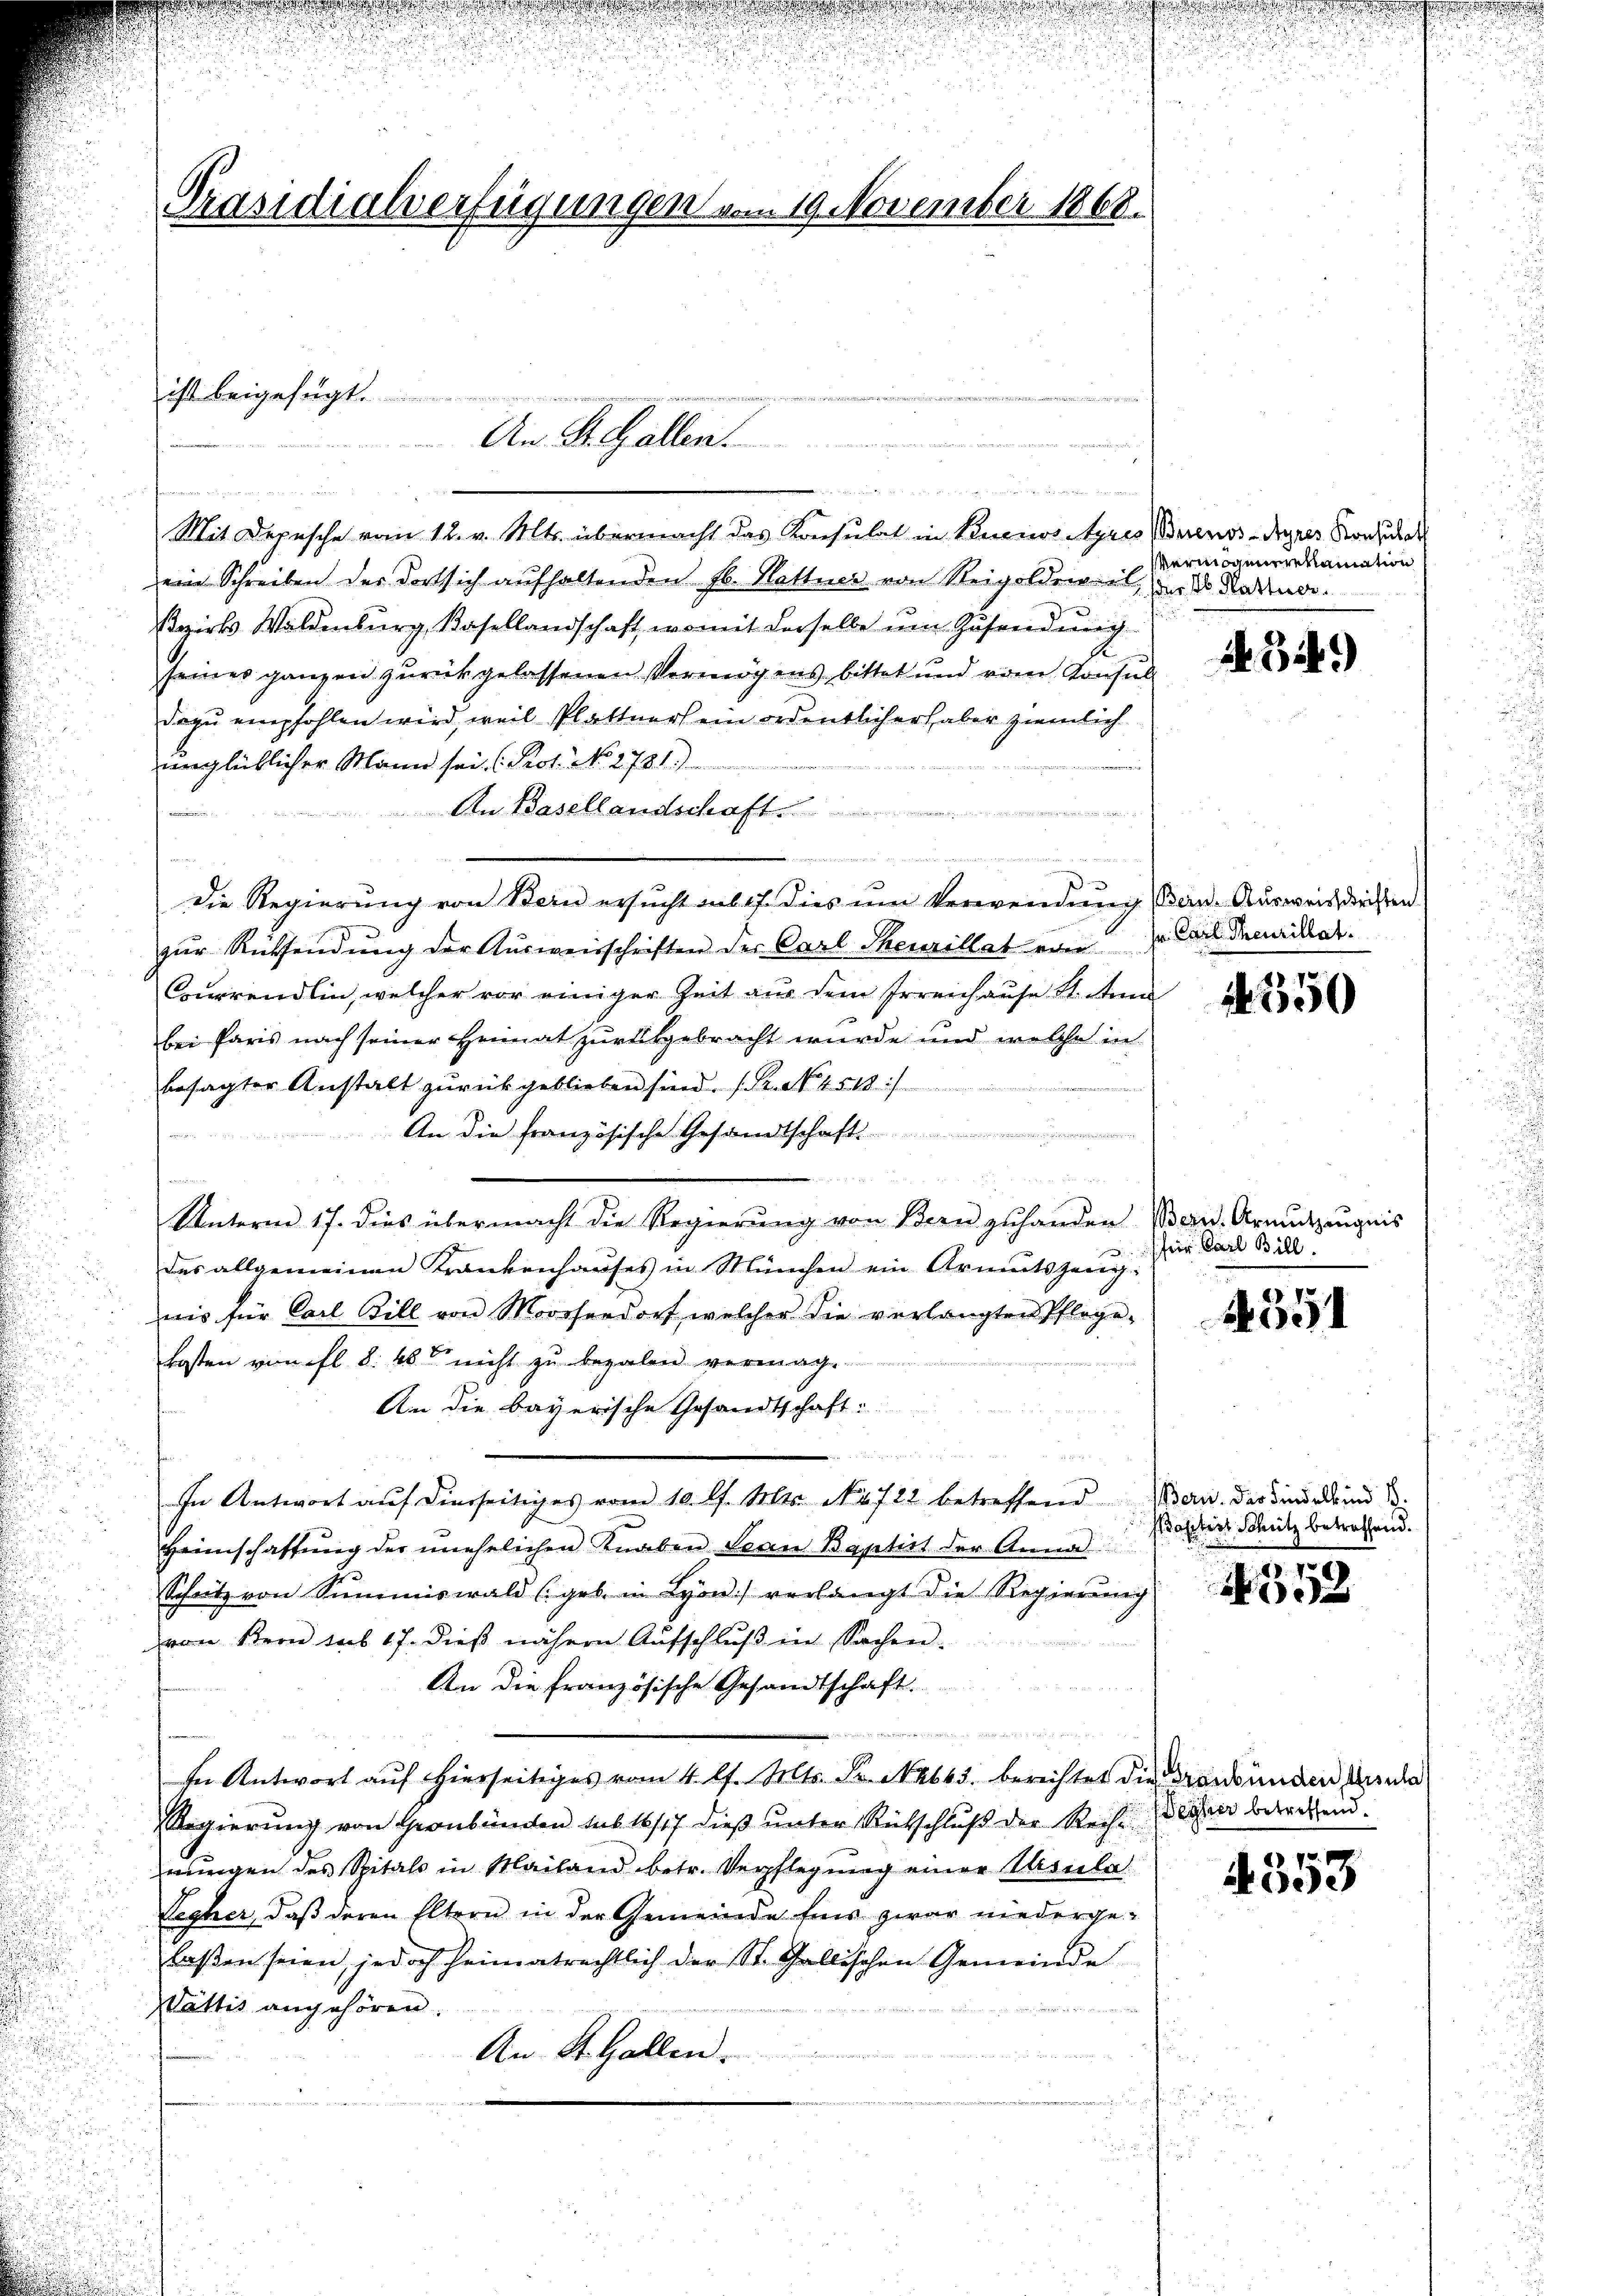
Präsidialerfügungen vom 19. November 1868.

ist beigefügt.

An St. Gallen.

n
Mit Depesche vom 12. v. Mts. übermacht das Konsulat in Buenos Ayres Bereuss digen Konsuet
ein Schreiben der dort sich aufhaltenden Jb. Hattner von Reigoldenen, und Radtuar.
Bezirk Waldenburg, Basellandschaft, womit derselbe um Zusendung
seines ganzen zurückgelassenen Vermögens bittet und vom Konsul
dazu empfohlen wird, weil Plattner ein ordentlicher haber ziemlich
urglücklicher Mann sei. (Prot. No 2781.)
mund einen
An Basellandschaft.
E
M
.
Die Regierŭng von Stein ersŭcht aus 17. dies um Verwendŭng (Bern. Aŭsweis diesen
zur Rücksendung der Ausweisschriften der Carl Theurillateiner Carl demaillet.
Currendlin, welcher vor einiger Zeit aus dem Irrenhause St. Anna
bei Paris nach seiner Heimat zurükgebracht wurde und welche in
besagter Anstalt zurückgeblieben sind. (Pr. No. 4518/
An die französische Gesandtschaft
e
Unterm 17. dies übermacht die Regierung von Bern zuhanden Bern Armutzengnis
das allgemeinen Krankenhaŭses in München ein Armutszeŭg:
wis für Carl Bill von Moossendorf, welcher die verlangten Pflege-
kosten von fl. 8. 48 nicht zu bezalen vermag.
An die bayerische Gesandtschaft:
d.
i
.
In Antwort aŭf diesseitiges vom 10. l. Mts. N. 2722 betreffend Bern, das sind dein B
Heimschaffŭng der unehelichen Knaben Ivan Baptist der Anna
Schutz von Summiswald (geb. in Lyon) verlangt die Regierŭng
von Stern sub 17. dieß nähern Aufschluß in Sachen.
An die französische Gesandtschaft.
igge gesten und der den und
In Antwort aŭf hierseitiges vom 4. l. Mts. Fr. 4663. berichtet die Graubünden Kinde
Regierung von Graubünden sub 16/17 dieβ ŭnter Rütschluß der Recht desheer berechen.
wungen des Spitals in Mailand betr. Verpflegŭng einer Casula
Legher, daß deren Eltern in der Gemeinde für zwar niedergelaßen seien, jedoch heimatrechtlich der St. Gallischen Gemeinde
Wattis angehören.
An St. Gallen.

Vermögeneraination

344)

.
00

(fein Carl Bill.

1351

Pottist Schütz betreffend.

552

353